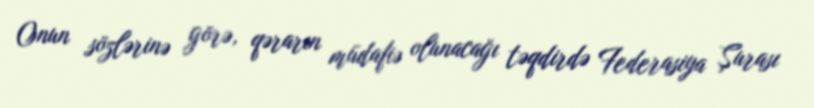
Onun sözlərinə görə, qərarın müdafiə olunacağı təqdirdə Federasiya Şurası